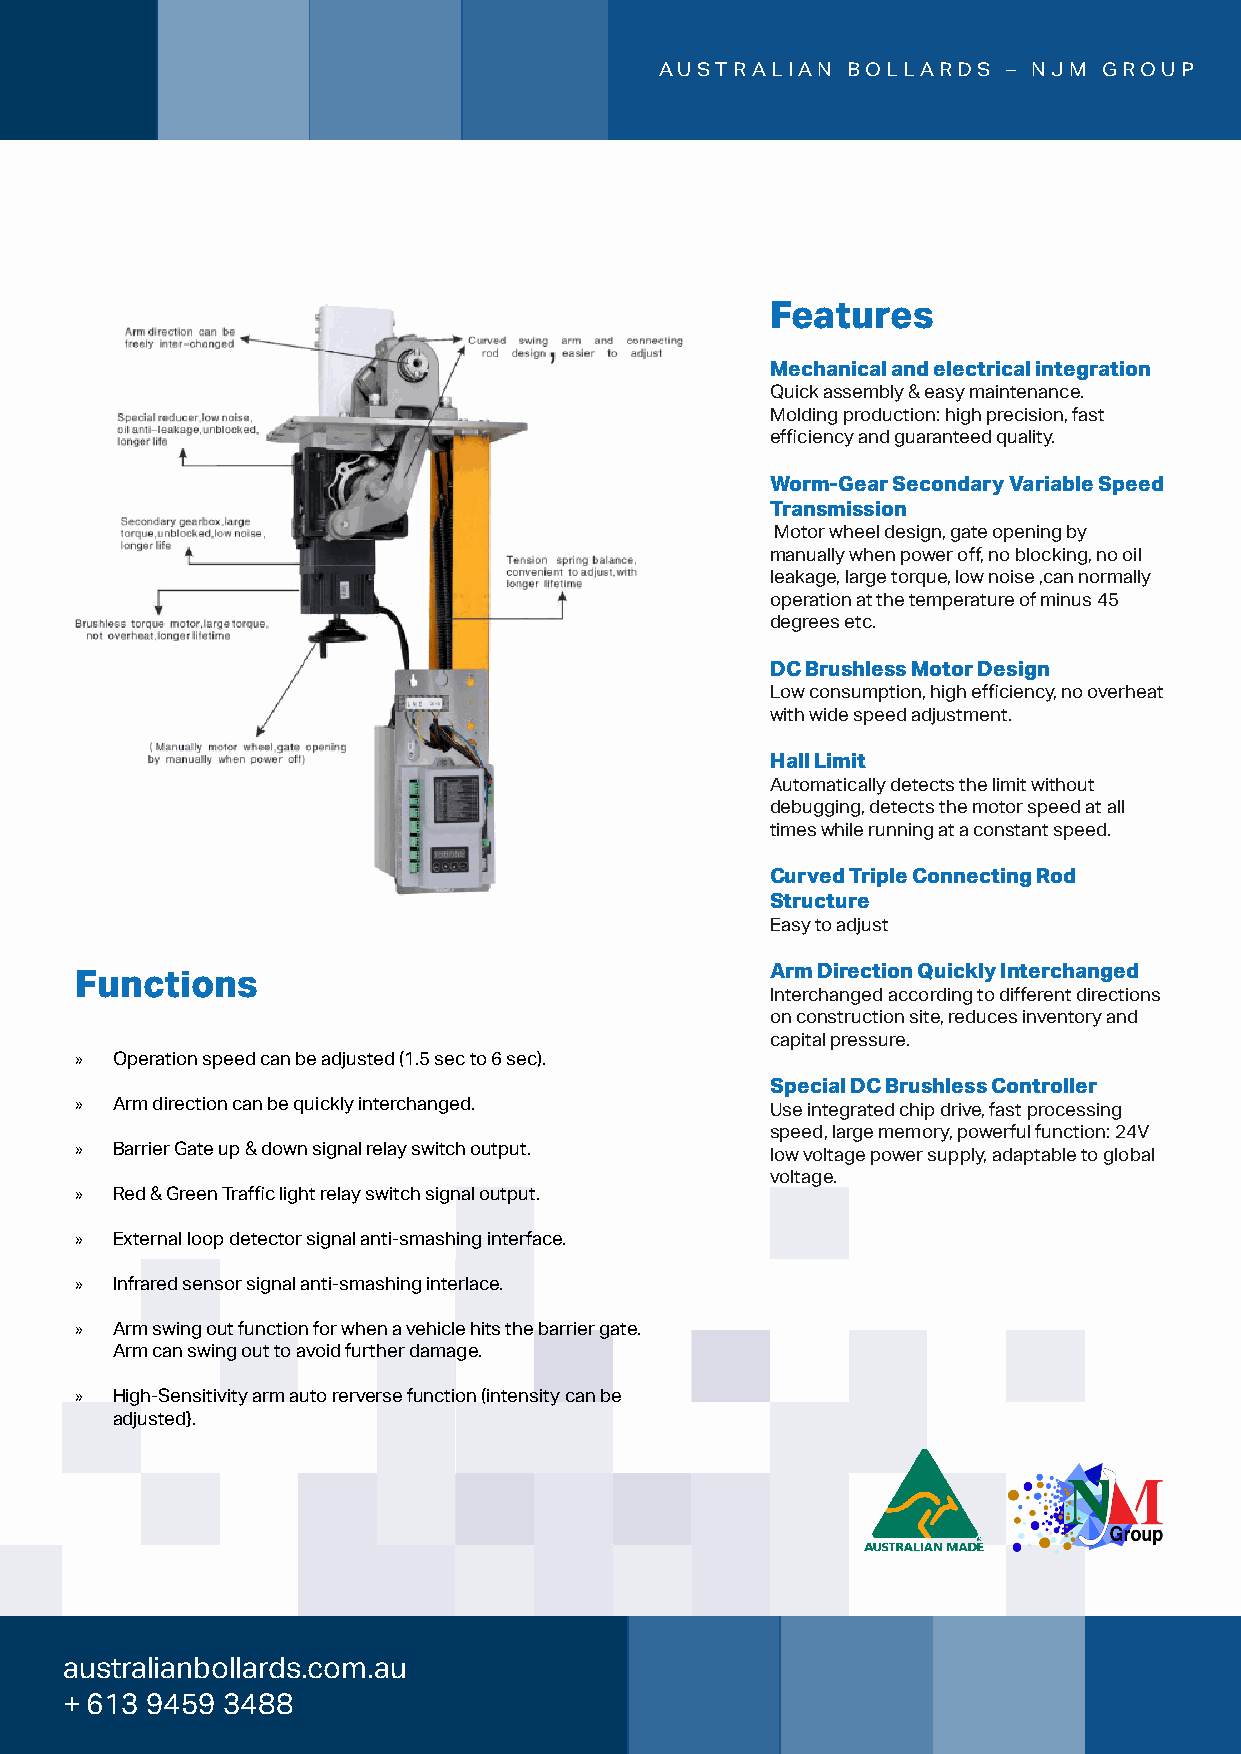
AUSTRALIAN  BOLLARDS   – NJM GROUP
 Features
 Mechanical and electrical integration
 Quick assembly & easy maintenance.
 Molding production: high precision, fast
 efficiency and guaranteed quality.
 Worm-Gear Secondary Variable Speed
 Transmission
 Motor wheel design, gate opening by
 manually when power off, no blocking, no oil
 leakage, large torque, low noise ,can normally
 operation at the temperature of minus 45
 australianbollards.com.au
 degrees etc.
 DC Brushless Motor Design
 Low consumption, high efficiency, no overheat
 with wide speed adjustment.
 Hall Limit
 Automatically detects the limit without
 debugging, detects the motor speed at all
 times while running at a constant speed.
 Curved Triple Connecting Rod
 Structure
 Easy to adjust
 Arm Direction Quickly Interchanged
 Functions
 Interchanged according to different directions
 on construction site, reduces inventory and
 capital pressure.
 »
 Operation speed can be adjusted (1.5 sec to 6 sec).
 »                                             Special DC Brushless Controller
 Arm direction can be quickly interchanged.  Use integrated chip drive, fast processing
 »                                             speed, large memory, powerful function: 24V
 Barrier Gate up & down signal relay switch output. low voltage power supply, adaptable to global
 »                                             voltage.
 Red & Green Traffic light relay switch signal output.
 »
 External loop detector signal anti-smashing interface.
 »
 Infrared sensor signal anti-smashing interlace.
 »
 Arm swing out function for when a vehicle hits the barrier gate.
 Arm can swing out to avoid further damage.
 »
 High-Sensitivity arm auto rerverse function (intensity can be
 adjusted}.
 australianbollards.com.au
 + 613 9459 3488